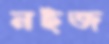
নইজ